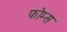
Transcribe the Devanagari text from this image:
फोम्स